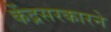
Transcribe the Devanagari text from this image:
केंद्रसरकारने